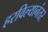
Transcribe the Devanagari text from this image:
हरविल्यानंतर